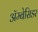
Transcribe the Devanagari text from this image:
अॅम्बेसिडर